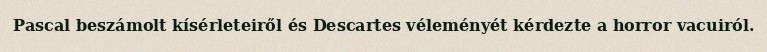
Pascal beszámolt kísérleteiről és Descartes véleményét kérdezte a horror vacuiról.